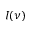
I ( \nu )